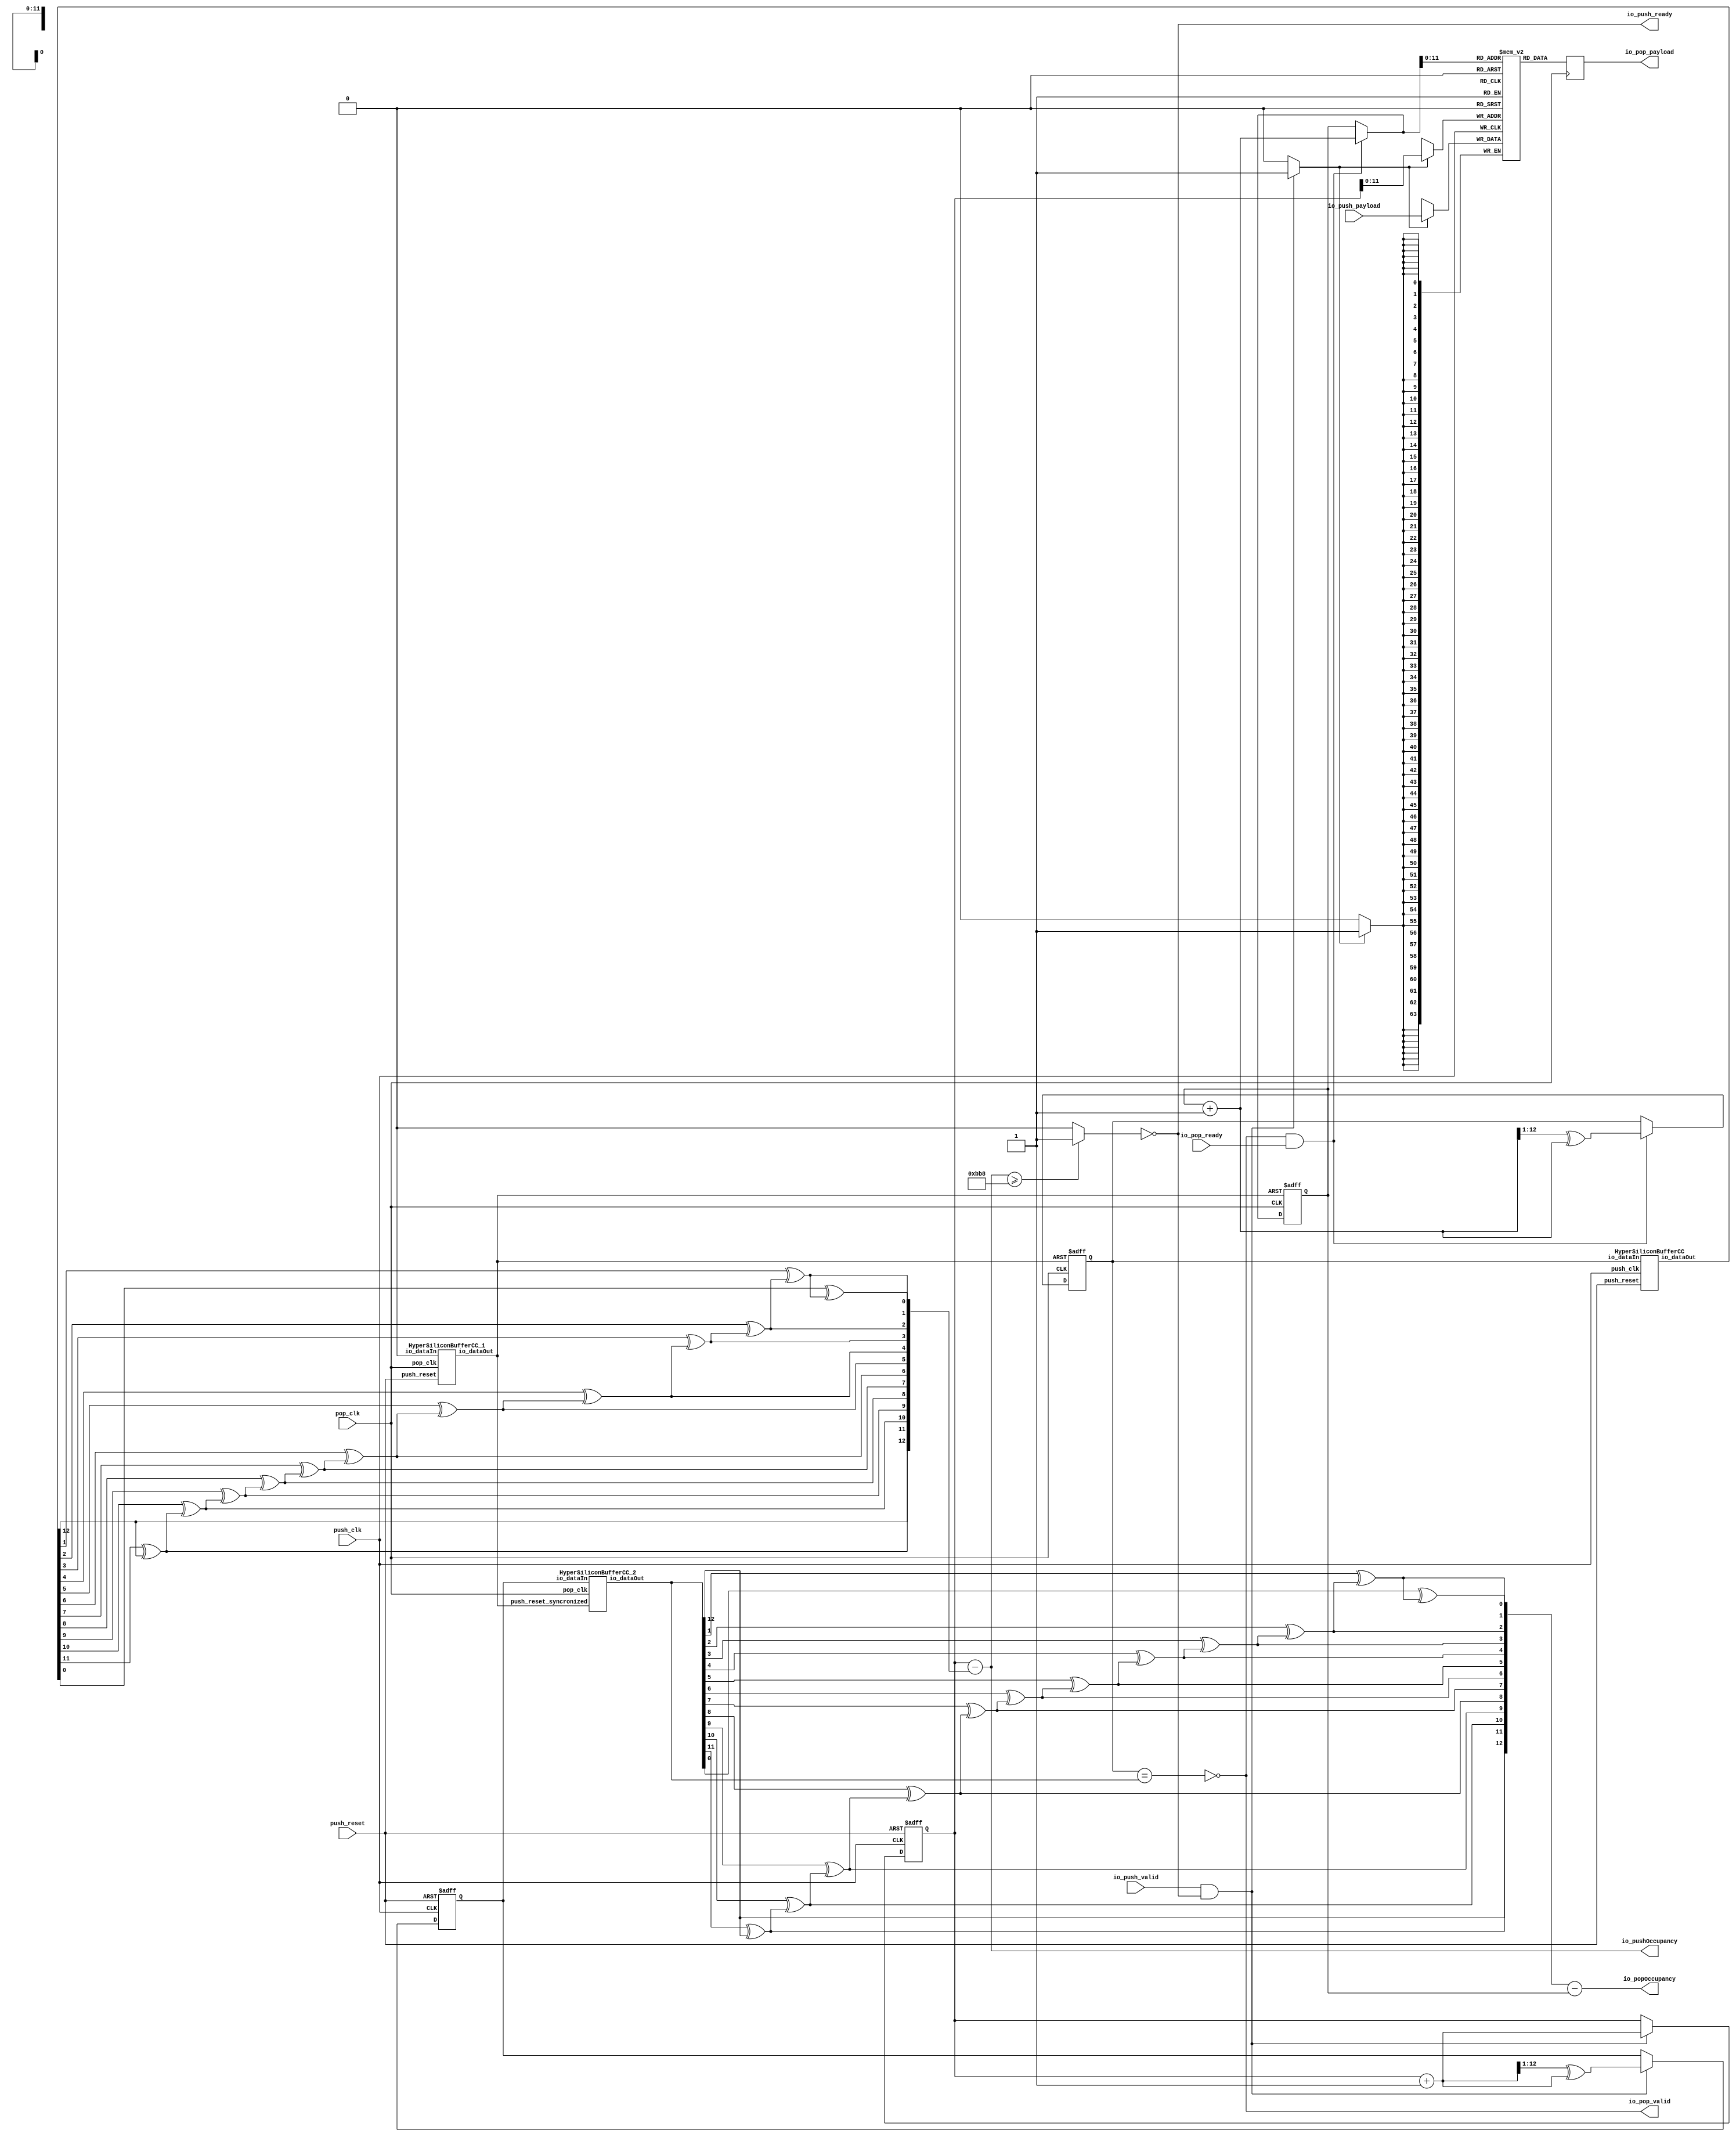
// Generator : SpinalHDL v1.6.4    git head : 598c18959149eb18e5eee5b0aa3eef01ecaa41a1
// Component : HyperSiliconStreamFifoCC
// Git hash  : 3117179f44a4d6cd9c9c26b3902b0edc1a27d76c

`timescale 1ns/1ps 

module HyperSiliconStreamFifoCC (
  input               io_push_valid,
  output              io_push_ready,
  input      [63:0]   io_push_payload,
  output              io_pop_valid,
  input               io_pop_ready,
  output     [63:0]   io_pop_payload,
  output     [12:0]   io_pushOccupancy,
  output     [12:0]   io_popOccupancy,
  input               push_clk,
  input               push_reset,
  input               pop_clk
);

  reg        [63:0]   _zz_ram_port1;
  wire       [12:0]   popToPushGray_buffercc_io_dataOut;
  wire                bufferCC_io_dataOut;
  wire       [12:0]   pushToPopGray_buffercc_io_dataOut;
  wire       [12:0]   _zz_pushCC_pushPtrGray;
  wire       [11:0]   _zz_ram_port;
  wire       [0:0]    _zz_io_pushOccupancy_12;
  wire       [2:0]    _zz_io_pushOccupancy_13;
  wire       [12:0]   _zz_popCC_popPtrGray;
  wire       [11:0]   _zz_ram_port_1;
  wire                _zz_ram_port_2;
  wire       [11:0]   _zz_io_pop_payload_1;
  wire                _zz_io_pop_payload_2;
  wire       [0:0]    _zz_io_popOccupancy_12;
  wire       [2:0]    _zz_io_popOccupancy_13;
  reg                 _zz_1;
  wire       [12:0]   popToPushGray;
  wire       [12:0]   pushToPopGray;
  reg        [12:0]   pushCC_pushPtr;
  wire       [12:0]   pushCC_pushPtrPlus;
  wire                io_push_fire;
  reg        [12:0]   pushCC_pushPtrGray;
  wire       [12:0]   pushCC_popPtrGray;
  wire                pushCC_full;
  reg                pushCC_almost_full;
  wire                io_push_fire_1;
  wire                _zz_io_pushOccupancy;
  wire                _zz_io_pushOccupancy_1;
  wire                _zz_io_pushOccupancy_2;
  wire                _zz_io_pushOccupancy_3;
  wire                _zz_io_pushOccupancy_4;
  wire                _zz_io_pushOccupancy_5;
  wire                _zz_io_pushOccupancy_6;
  wire                _zz_io_pushOccupancy_7;
  wire                _zz_io_pushOccupancy_8;
  wire                _zz_io_pushOccupancy_9;
  wire                _zz_io_pushOccupancy_10;
  wire                _zz_io_pushOccupancy_11;
  wire                push_reset_syncronized;
  reg        [12:0]   popCC_popPtr;
  wire       [12:0]   popCC_popPtrPlus;
  wire                io_pop_fire;
  reg        [12:0]   popCC_popPtrGray;
  wire       [12:0]   popCC_pushPtrGray;
  wire                popCC_empty;
  wire                io_pop_fire_1;
  wire       [12:0]   _zz_io_pop_payload;
  wire                io_pop_fire_2;
  wire                _zz_io_popOccupancy;
  wire                _zz_io_popOccupancy_1;
  wire                _zz_io_popOccupancy_2;
  wire                _zz_io_popOccupancy_3;
  wire                _zz_io_popOccupancy_4;
  wire                _zz_io_popOccupancy_5;
  wire                _zz_io_popOccupancy_6;
  wire                _zz_io_popOccupancy_7;
  wire                _zz_io_popOccupancy_8;
  wire                _zz_io_popOccupancy_9;
  wire                _zz_io_popOccupancy_10;
  wire                _zz_io_popOccupancy_11;
  reg [63:0] ram [0:4095];

  assign _zz_pushCC_pushPtrGray = (pushCC_pushPtrPlus >>> 1'b1);
  assign _zz_ram_port = pushCC_pushPtr[11:0];
  assign _zz_popCC_popPtrGray = (popCC_popPtrPlus >>> 1'b1);
  assign _zz_io_pop_payload_1 = _zz_io_pop_payload[11:0];
  assign _zz_io_pop_payload_2 = 1'b1;
  assign _zz_io_pushOccupancy_12 = _zz_io_pushOccupancy_2;
  assign _zz_io_pushOccupancy_13 = {_zz_io_pushOccupancy_1,{_zz_io_pushOccupancy,(pushCC_popPtrGray[0] ^ _zz_io_pushOccupancy)}};
  assign _zz_io_popOccupancy_12 = _zz_io_popOccupancy_2;
  assign _zz_io_popOccupancy_13 = {_zz_io_popOccupancy_1,{_zz_io_popOccupancy,(popCC_pushPtrGray[0] ^ _zz_io_popOccupancy)}};
  always @(posedge push_clk) begin
    if(_zz_1) begin
      ram[_zz_ram_port] <= io_push_payload;
    end
  end

  always @(posedge pop_clk) begin
    if(_zz_io_pop_payload_2) begin
      _zz_ram_port1 <= ram[_zz_io_pop_payload_1];
    end
  end

  HyperSiliconBufferCC popToPushGray_buffercc (
    .io_dataIn     (popToPushGray[12:0]                      ), //i
    .io_dataOut    (popToPushGray_buffercc_io_dataOut[12:0]  ), //o
    .push_clk      (push_clk                                 ), //i
    .push_reset    (push_reset                               )  //i
  );
  HyperSiliconBufferCC_1 bufferCC (
    .io_dataIn     (1'b0                 ), //i
    .io_dataOut    (bufferCC_io_dataOut  ), //o
    .pop_clk       (pop_clk              ), //i
    .push_reset    (push_reset           )  //i
  );
  HyperSiliconBufferCC_2 pushToPopGray_buffercc (
    .io_dataIn                 (pushToPopGray[12:0]                      ), //i
    .io_dataOut                (pushToPopGray_buffercc_io_dataOut[12:0]  ), //o
    .pop_clk                   (pop_clk                                  ), //i
    .push_reset_syncronized    (push_reset_syncronized                   )  //i
  );
  always @(*) begin
    _zz_1 = 1'b0;
    if(io_push_fire_1) begin
      _zz_1 = 1'b1;
    end
  end
  always @(*) begin
    pushCC_almost_full = 1'b0;
    if(io_pushOccupancy >= 3000)begin
//    if(io_pushOccupancy >= 4064)begin
      pushCC_almost_full = 1'b1;
    end
  end
  assign pushCC_pushPtrPlus = (pushCC_pushPtr + 13'h0001);
  assign io_push_fire = (io_push_valid && io_push_ready);
  assign pushCC_popPtrGray = popToPushGray_buffercc_io_dataOut;
  assign pushCC_full = ((pushCC_pushPtrGray[12 : 11] == (~ pushCC_popPtrGray[12 : 11])) && (pushCC_pushPtrGray[10 : 0] == pushCC_popPtrGray[10 : 0]));
  assign io_push_ready = (! pushCC_almost_full);
  assign io_push_fire_1 = (io_push_valid && io_push_ready);
  assign _zz_io_pushOccupancy = (pushCC_popPtrGray[1] ^ _zz_io_pushOccupancy_1);
  assign _zz_io_pushOccupancy_1 = (pushCC_popPtrGray[2] ^ _zz_io_pushOccupancy_2);
  assign _zz_io_pushOccupancy_2 = (pushCC_popPtrGray[3] ^ _zz_io_pushOccupancy_3);
  assign _zz_io_pushOccupancy_3 = (pushCC_popPtrGray[4] ^ _zz_io_pushOccupancy_4);
  assign _zz_io_pushOccupancy_4 = (pushCC_popPtrGray[5] ^ _zz_io_pushOccupancy_5);
  assign _zz_io_pushOccupancy_5 = (pushCC_popPtrGray[6] ^ _zz_io_pushOccupancy_6);
  assign _zz_io_pushOccupancy_6 = (pushCC_popPtrGray[7] ^ _zz_io_pushOccupancy_7);
  assign _zz_io_pushOccupancy_7 = (pushCC_popPtrGray[8] ^ _zz_io_pushOccupancy_8);
  assign _zz_io_pushOccupancy_8 = (pushCC_popPtrGray[9] ^ _zz_io_pushOccupancy_9);
  assign _zz_io_pushOccupancy_9 = (pushCC_popPtrGray[10] ^ _zz_io_pushOccupancy_10);
  assign _zz_io_pushOccupancy_10 = (pushCC_popPtrGray[11] ^ _zz_io_pushOccupancy_11);
  assign _zz_io_pushOccupancy_11 = pushCC_popPtrGray[12];
  assign io_pushOccupancy = (pushCC_pushPtr - {_zz_io_pushOccupancy_11,{_zz_io_pushOccupancy_10,{_zz_io_pushOccupancy_9,{_zz_io_pushOccupancy_8,{_zz_io_pushOccupancy_7,{_zz_io_pushOccupancy_6,{_zz_io_pushOccupancy_5,{_zz_io_pushOccupancy_4,{_zz_io_pushOccupancy_3,{_zz_io_pushOccupancy_12,_zz_io_pushOccupancy_13}}}}}}}}}});
  assign push_reset_syncronized = bufferCC_io_dataOut;
  assign popCC_popPtrPlus = (popCC_popPtr + 13'h0001);
  assign io_pop_fire = (io_pop_valid && io_pop_ready);
  assign popCC_pushPtrGray = pushToPopGray_buffercc_io_dataOut;
  assign popCC_empty = (popCC_popPtrGray == popCC_pushPtrGray);
  assign io_pop_valid = (! popCC_empty);
  assign io_pop_fire_1 = (io_pop_valid && io_pop_ready);
  assign _zz_io_pop_payload = (io_pop_fire_1 ? popCC_popPtrPlus : popCC_popPtr);
  assign io_pop_payload = _zz_ram_port1;
  assign io_pop_fire_2 = (io_pop_valid && io_pop_ready);
  assign _zz_io_popOccupancy = (popCC_pushPtrGray[1] ^ _zz_io_popOccupancy_1);
  assign _zz_io_popOccupancy_1 = (popCC_pushPtrGray[2] ^ _zz_io_popOccupancy_2);
  assign _zz_io_popOccupancy_2 = (popCC_pushPtrGray[3] ^ _zz_io_popOccupancy_3);
  assign _zz_io_popOccupancy_3 = (popCC_pushPtrGray[4] ^ _zz_io_popOccupancy_4);
  assign _zz_io_popOccupancy_4 = (popCC_pushPtrGray[5] ^ _zz_io_popOccupancy_5);
  assign _zz_io_popOccupancy_5 = (popCC_pushPtrGray[6] ^ _zz_io_popOccupancy_6);
  assign _zz_io_popOccupancy_6 = (popCC_pushPtrGray[7] ^ _zz_io_popOccupancy_7);
  assign _zz_io_popOccupancy_7 = (popCC_pushPtrGray[8] ^ _zz_io_popOccupancy_8);
  assign _zz_io_popOccupancy_8 = (popCC_pushPtrGray[9] ^ _zz_io_popOccupancy_9);
  assign _zz_io_popOccupancy_9 = (popCC_pushPtrGray[10] ^ _zz_io_popOccupancy_10);
  assign _zz_io_popOccupancy_10 = (popCC_pushPtrGray[11] ^ _zz_io_popOccupancy_11);
  assign _zz_io_popOccupancy_11 = popCC_pushPtrGray[12];
  assign io_popOccupancy = ({_zz_io_popOccupancy_11,{_zz_io_popOccupancy_10,{_zz_io_popOccupancy_9,{_zz_io_popOccupancy_8,{_zz_io_popOccupancy_7,{_zz_io_popOccupancy_6,{_zz_io_popOccupancy_5,{_zz_io_popOccupancy_4,{_zz_io_popOccupancy_3,{_zz_io_popOccupancy_12,_zz_io_popOccupancy_13}}}}}}}}}} - popCC_popPtr);
  assign pushToPopGray = pushCC_pushPtrGray;
  assign popToPushGray = popCC_popPtrGray;
  always @(posedge push_clk or posedge push_reset) begin
    if(push_reset) begin
      pushCC_pushPtr <= 13'h0;
      pushCC_pushPtrGray <= 13'h0;
    end else begin
      if(io_push_fire) begin
        pushCC_pushPtrGray <= (_zz_pushCC_pushPtrGray ^ pushCC_pushPtrPlus);
      end
      if(io_push_fire_1) begin
        pushCC_pushPtr <= pushCC_pushPtrPlus;
      end
    end
  end

  always @(posedge pop_clk or posedge push_reset_syncronized) begin
    if(push_reset_syncronized) begin
      popCC_popPtr <= 13'h0;
      popCC_popPtrGray <= 13'h0;
    end else begin
      if(io_pop_fire) begin
        popCC_popPtrGray <= (_zz_popCC_popPtrGray ^ popCC_popPtrPlus);
      end
      if(io_pop_fire_2) begin
        popCC_popPtr <= popCC_popPtrPlus;
      end
    end
  end


endmodule

module HyperSiliconBufferCC_2 (
  input      [12:0]   io_dataIn,
  output     [12:0]   io_dataOut,
  input               pop_clk,
  input               push_reset_syncronized
);

  (* async_reg = "true" *) reg        [12:0]   buffers_0;
  (* async_reg = "true" *) reg        [12:0]   buffers_1;

  assign io_dataOut = buffers_1;
  always @(posedge pop_clk or posedge push_reset_syncronized) begin
    if(push_reset_syncronized) begin
      buffers_0 <= 13'h0;
      buffers_1 <= 13'h0;
    end else begin
      buffers_0 <= io_dataIn;
      buffers_1 <= buffers_0;
    end
  end


endmodule

module HyperSiliconBufferCC_1 (
  input               io_dataIn,
  output              io_dataOut,
  input               pop_clk,
  input               push_reset
);

  (* async_reg = "true" *) reg                 buffers_0;
  (* async_reg = "true" *) reg                 buffers_1;

  assign io_dataOut = buffers_1;
  always @(posedge pop_clk or posedge push_reset) begin
    if(push_reset) begin
      buffers_0 <= 1'b1;
      buffers_1 <= 1'b1;
    end else begin
      buffers_0 <= io_dataIn;
      buffers_1 <= buffers_0;
    end
  end


endmodule

module HyperSiliconBufferCC (
  input      [12:0]   io_dataIn,
  output     [12:0]   io_dataOut,
  input               push_clk,
  input               push_reset
);

  (* async_reg = "true" *) reg        [12:0]   buffers_0;
  (* async_reg = "true" *) reg        [12:0]   buffers_1;

  assign io_dataOut = buffers_1;
  always @(posedge push_clk or posedge push_reset) begin
    if(push_reset) begin
      buffers_0 <= 13'h0;
      buffers_1 <= 13'h0;
    end else begin
      buffers_0 <= io_dataIn;
      buffers_1 <= buffers_0;
    end
  end


endmodule